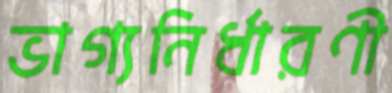
ভাগ্যনির্ধারণী